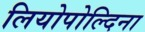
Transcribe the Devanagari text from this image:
लियोपोल्दिना